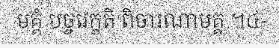
មគ្គំ បច្ចវេក្ខតិ ពិចារណាមគ្គ ។៤-